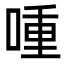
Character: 喠